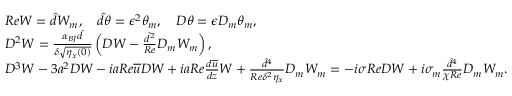
\begin{array} { r l } & { R e W = \hat { d } W _ { m } , \quad \hat { d } \theta = \epsilon ^ { 2 } \theta _ { m } , \quad D \theta = \epsilon D _ { m } \theta _ { m } , } \\ & { D ^ { 2 } W = \frac { \alpha _ { B J } \hat { d } } { \delta \sqrt { \eta _ { x } ( 0 ) } } \left( D W - \frac { \hat { d } ^ { 2 } } { R e } D _ { m } W _ { m } \right) , } \\ & { D ^ { 3 } W - 3 a ^ { 2 } D W - i a R e \overline { { u } } D W + i a R e \frac { d \overline { { u } } } { d z } W + \frac { \hat { d } ^ { 4 } } { R e \delta ^ { 2 } \eta _ { x } } D _ { m } W _ { m } = - i \sigma R e D W + i \sigma _ { m } \frac { \hat { d } ^ { 4 } } { \chi R e } D _ { m } W _ { m } . } \end{array}